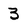
Character: 3